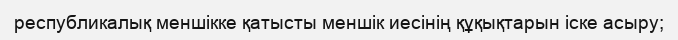
республикалық меншікке қатысты меншік иесінің құқықтарын іске асыру;